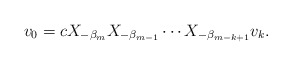
\begin{align*} v_0 = c X_{- \beta _m } X_{- \beta _{m-1}} \cdots X_{- \beta _{m-k+1}} v_k.\end{align*}